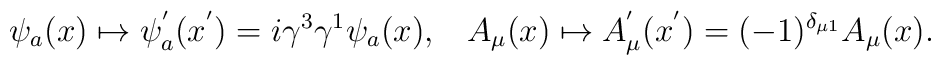
\psi_{a}(x)\mapsto\psi_{a}^{'}(x^{'})=i\gamma^{3}\gamma^{1}\psi_{a}(x),\;\;\;A_{\mu}(x)\mapsto A_{\mu}^{'}(x^{'})=(-1)^{\delta_{\mu 1}}A_{\mu}(x).